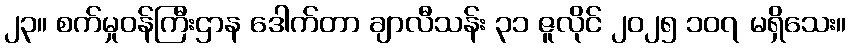
၂၃။ စက်မှုဝန်ကြီးဌာန ဒေါက်တာ ချာလီသန်း ၃၁ ဇူလိုင် ၂၀၂၅ ၁၀၇ မရှိသေး။